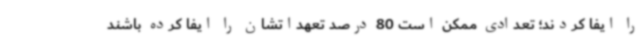
را ایفا کردند؛ تعدادی ممکن است 80 درصد تعهداتشان را ایفا کرده باشند